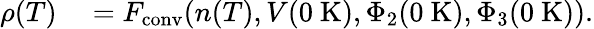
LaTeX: \begin{array}{rl}{\rho(T)}&{{}=F_{\mathrm{conv}}(n(T),V(0~\textrm{K}),\Phi_{2}(0~\textrm{K}),\Phi_{3}(0~\textrm{K})).}\end{array}